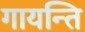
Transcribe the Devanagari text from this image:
गायन्ति